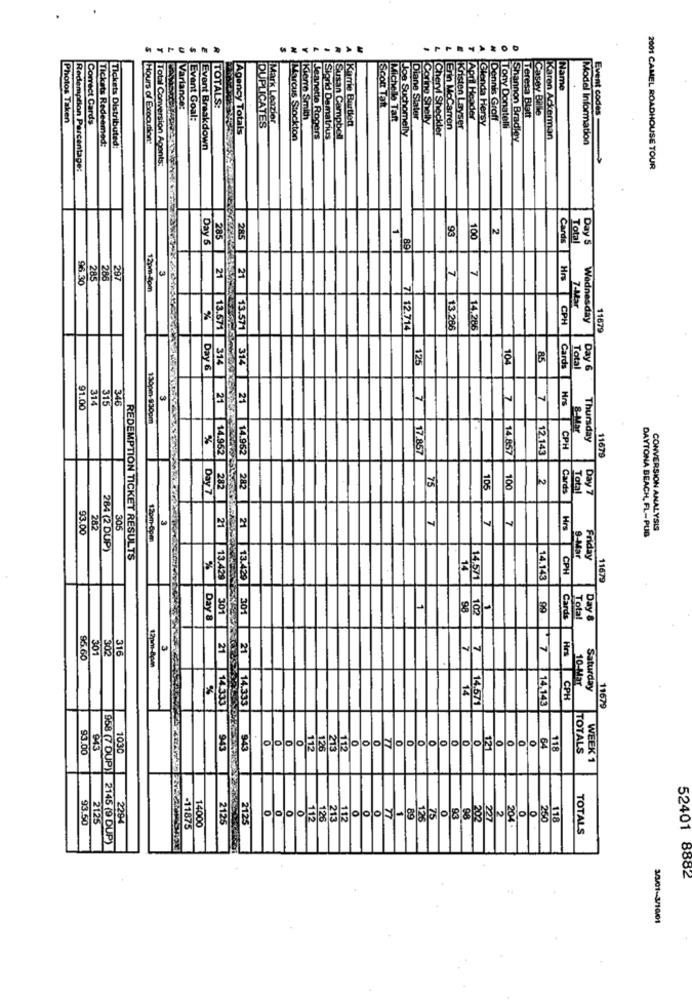
Name
Varlance:
TOTALS:
Scott Tatt
Photos Taken
Correct Cards
Event Goal:
Mark Leazier
Kierre Smith
Karrie Bartlett
Michelle Tant
Diane Slater
Corine Shelly
April Header
Glenda Hersy
Dennis Groff
Teresa Blatt
Casey Balle
Event codes
Total Conversion
Agency Totals
DUPLICATES
Cheryl Sheckler
Erin MoCarren
Kristen Løyser
Tony Donatelli
Tickets Redeemed:
Tickets Distributed:
Hours of Expoution:
Marcus Stockton
Jeanette Rogers
Slorid Damatrius
Susan Campbell
Jos Suchomelly
Shannon Bradley
Karen Ackerman
Model Information
Event Breakdown
Redemption Percentage:
2001 CAMEL ROADHOUSE TOUR
93
12
Day 6
285
100
Cards
Total
Day 5
285
89
7
7
96.30
285
297
21
Hrs
12pm-tom
21
7-Mar
%
CPH
Wednesday
7 12.714
13 286
14.286
11679
13.571
125
104
AS
Cards
Day 6
Total
Day 6
314
315
346
7
7
Hrs
91.00
314 21
7
130pm-930pm
8-Mar
%
Thursday
17.857
14,857
12.143
CPH
13.671 314 21 14.952
14.952
11679
75
2
Day 7
282
282
105
100
Cards
Total
Day 7
7
7
93.00
282
305
21
Hrs
CONVERSION ANALYSIS
12pm-0pm
DAYTONA BEACH, FL-PUB
284 (2 DUP)
REDEMPTION TICKET RESULTS
9-Mar
Friday
%
14
CPH
21 13.429
13.429
14.571
14.143
11679
301
301
13.429 301
1
98
102
1
18
Day 8
Cards
Total
Day &
301
316
21
95.60
12pm-8pm
Hrs
10-Mar
Saturday
14.333
CPH
11679
21 14.333
7 14.143
0
0
.0
64
93.00
103
943
943
O
112
126
213
112
121
118
TOTALS
943
WEEK 1
93.50
2125
2294
14000
2125
212
112
126
213
12
93
200
204
250
118
-11875
TOTALS
958 (7 DUP) 2145 (9 DUP)
52401 8882